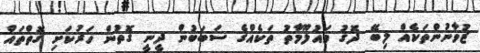
ޒުވާނުންތަކެއް ލިބޭ ދޮގު މައުލޫމާތު ތަކެއްގެ ސަބަބުން ދީނީ ގޮތުން ހަރުކަށި ގޮތްތައް